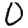
Digit: 0